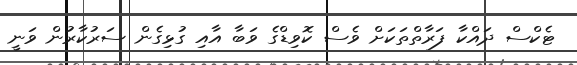
ޓެކްސް ދައްކާ ފަރާތްތަކަށް ވެސް ކޮވިޑްގެ ވަބާ އާއި ގުޅިގެން ސަރުކާރުން ވަނީ